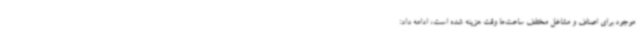
موجود برای اصناف و مشاغل مختلف ساعت‌ها وقت هزینه شده است، ادامه داد: